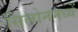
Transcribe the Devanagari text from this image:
सिलोनमध्यें